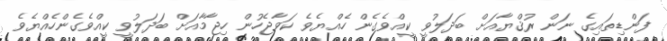
ފަންޑިތައިގެ ނަން ރުޤްޔާއަށް ބަދަލުވީ ކީއްވެގެން ހެއްޔެވެ ކަވާޖެހުން ހިޖާމާއަށް ބަދަލުވީ ކީއްވެގެންހެއްޔެވެ